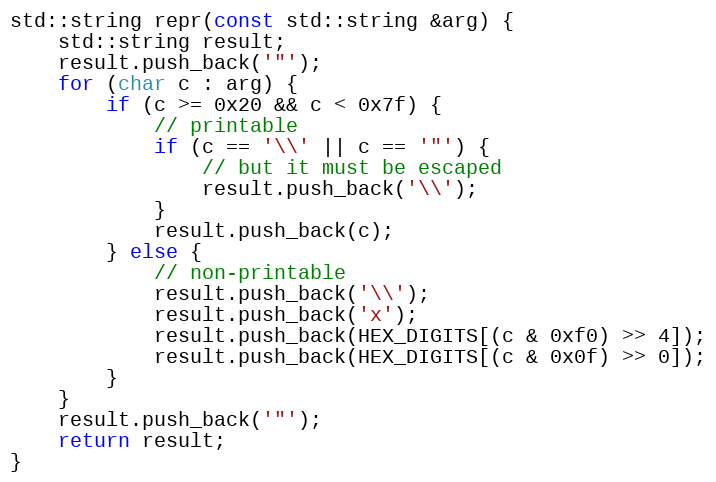
Language: C++
std::string repr(const std::string &arg) {
	std::string result;
	result.push_back('"');
	for (char c : arg) {
		if (c >= 0x20 && c < 0x7f) {
			// printable
			if (c == '\\' || c == '"') {
				// but it must be escaped
				result.push_back('\\');
			}
			result.push_back(c);
		} else {
			// non-printable
			result.push_back('\\');
			result.push_back('x');
			result.push_back(HEX_DIGITS[(c & 0xf0) >> 4]);
			result.push_back(HEX_DIGITS[(c & 0x0f) >> 0]);
		}
	}
	result.push_back('"');
	return result;
}